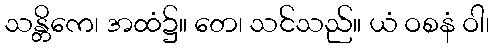
သန္တိကေ၊ အထံ၌။ တေ၊ သင်သည်။ ယံ ဝစနံ ဝါ၊